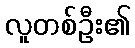
လူတစ်ဦး၏